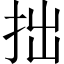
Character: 拙